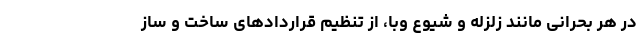
در هر بحرانی مانند زلزله و شیوع وبا، از تنظیم قراردادهای ساخت و ساز